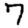
Digit: 7